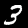
Digit: 3